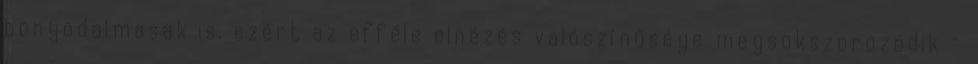
bonyodalmasak is, ezért az efféle elnézés valószínűsége megsokszorozódik -